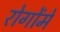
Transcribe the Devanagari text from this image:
रोगोंमें